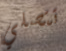
تتصلي